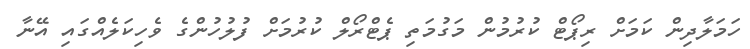
ހަމަލާދިން ކަމަށް ރިޕޯޓް ކުރުމުން މަގުމަތި ޕެޓްރޯލް ކުރުމަށް ފުލުހުންގެ ވެހިކަލެއްގައި އޭނާ